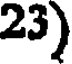
23)